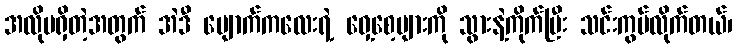
အလိုမရှိတဲ့အတွက် အဲဒီ မျောက်ကလေးရဲ့ ဝှေ့စေ့များကို သွားနဲ့ကိုက်ပြီး သင်းကွပ်လိုက်တယ်၊